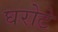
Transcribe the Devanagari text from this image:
घरोटे